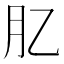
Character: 肊